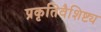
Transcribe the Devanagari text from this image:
प्रकृतिवैशिष्ट्य